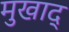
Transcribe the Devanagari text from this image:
मुखाद्